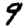
Digit: 9